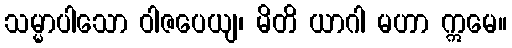
သမ္မာပါသော ဝါဇပေယျ၊ မိတိ ယာဂါ မဟာ ဣမေ။